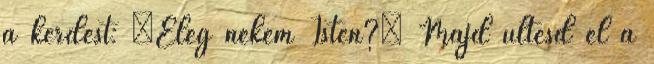
a kérdést: „Elég nekem Isten?” Majd ültesd el a